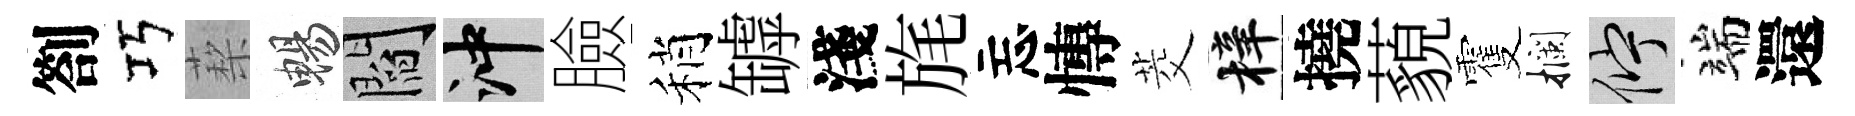
劄巧蔾暢閻冲臉稍罅淺旄忘慱茭梓撓藐䨥攔伫端還